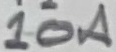
Text: 10A